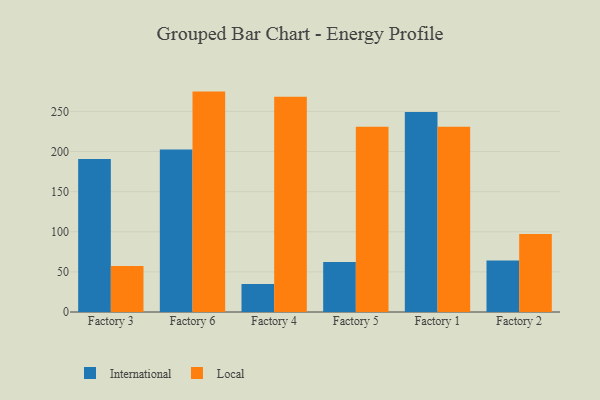
{"axis": {"x": "Factory", "y": "Population (Million)"}, "legend": ["International", "Local"], "data": [{"x": "Factory 3", "y": 190.8, "type": "International"}, {"x": "Factory 3", "y": 57.3, "type": "Local"}, {"x": "Factory 6", "y": 202.5, "type": "International"}, {"x": "Factory 6", "y": 274.7, "type": "Local"}, {"x": "Factory 4", "y": 35.0, "type": "International"}, {"x": "Factory 4", "y": 268.2, "type": "Local"}, {"x": "Factory 5", "y": 62.3, "type": "International"}, {"x": "Factory 5", "y": 231.0, "type": "Local"}, {"x": "Factory 1", "y": 249.2, "type": "International"}, {"x": "Factory 1", "y": 230.9, "type": "Local"}, {"x": "Factory 2", "y": 64.3, "type": "International"}, {"x": "Factory 2", "y": 97.3, "type": "Local"}]}